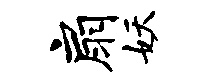
扇妖